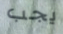
يجب